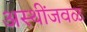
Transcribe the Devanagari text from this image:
अस्थींजवळ